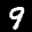
Label: 9